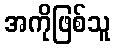
အကိုဖြစ်သူ